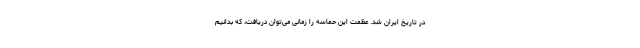
در تاریخ ایران شد. عظمت این حماسه را زمانی می‌توان دریافت، که بدانیم